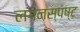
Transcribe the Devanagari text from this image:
लगनस्पष्ट